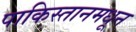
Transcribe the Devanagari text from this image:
पाकिस्तानमधून